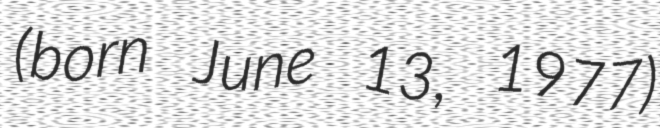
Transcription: (born June 13, 1977)